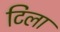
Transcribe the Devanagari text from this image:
टिला